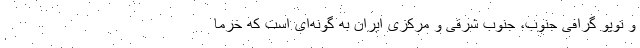
و توپو گرافی جنوب، جنوب شرقی و مرکزی ایران به گونه‌ای است که خرما